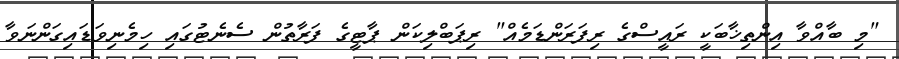
"މި ބާއްވާ އިންތިޚާބަކީ ރައީސްގެ ރިފަރަންޑަމެއް" ރިޕަބްލިކަން ޕާޓީގެ ފަރާތުން ސެނެޓުގައި ހިމެނިވަޑައިގަންނަވާ